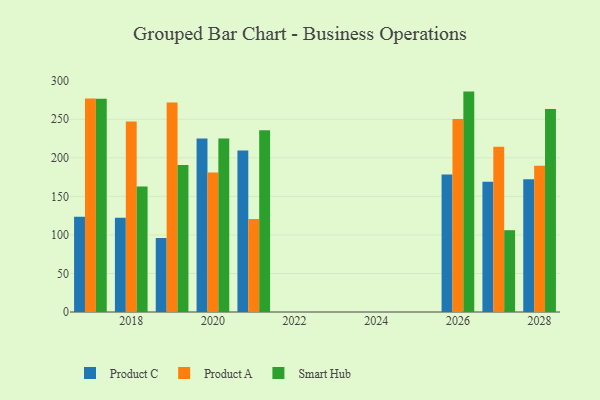
{"axis": {"x": "Year", "y": "Waste Production (Tons)"}, "legend": ["Product A", "Product C", "Smart Hub"], "data": [{"x": "2021", "y": 209.6, "type": "Product C"}, {"x": "2021", "y": 120.7, "type": "Product A"}, {"x": "2021", "y": 235.7, "type": "Smart Hub"}, {"x": "2019", "y": 96.0, "type": "Product C"}, {"x": "2019", "y": 271.9, "type": "Product A"}, {"x": "2019", "y": 190.7, "type": "Smart Hub"}, {"x": "2018", "y": 122.1, "type": "Product C"}, {"x": "2018", "y": 247.2, "type": "Product A"}, {"x": "2018", "y": 162.9, "type": "Smart Hub"}, {"x": "2028", "y": 172.3, "type": "Product C"}, {"x": "2028", "y": 189.7, "type": "Product A"}, {"x": "2028", "y": 263.4, "type": "Smart Hub"}, {"x": "2027", "y": 169.0, "type": "Product C"}, {"x": "2027", "y": 214.3, "type": "Product A"}, {"x": "2027", "y": 106.1, "type": "Smart Hub"}, {"x": "2026", "y": 178.3, "type": "Product C"}, {"x": "2026", "y": 250.5, "type": "Product A"}, {"x": "2026", "y": 285.9, "type": "Smart Hub"}, {"x": "2017", "y": 123.7, "type": "Product C"}, {"x": "2017", "y": 276.9, "type": "Product A"}, {"x": "2017", "y": 276.5, "type": "Smart Hub"}, {"x": "2020", "y": 224.9, "type": "Product C"}, {"x": "2020", "y": 181.0, "type": "Product A"}, {"x": "2020", "y": 225.0, "type": "Smart Hub"}]}